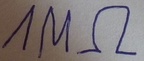
Text: 1MΩ